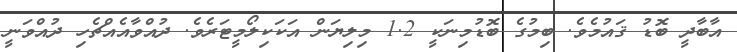
އާބާދީ ބޮޑު ޤައުމެވެ. ބިމުގެ ބޮޑުމިނަކީ 1.2 މިލިޔަން އަކަކިލޯމީޓަރެވެ. ދުއްވާއެއްޗެހި ދުއްވަނީ